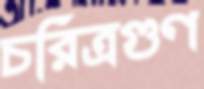
চরিত্রগুণ